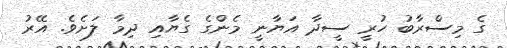
ގެ މިސްރާބު ހުރީ ސީދާ އަޔާނީ މެންގެ ގެޔާއި ދިމާ ލަށެވެ. އޭރު